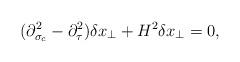
LaTeX: \begin{align*}(\partial^2_{\sigma_c}-\partial^2_\tau)\delta x_\perp+H^2\delta x_\perp=0,\end{align*}